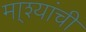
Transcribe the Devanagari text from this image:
मा्श्यांची